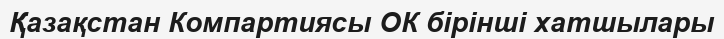
Қазақстан Компартиясы ОК бірінші хатшылары